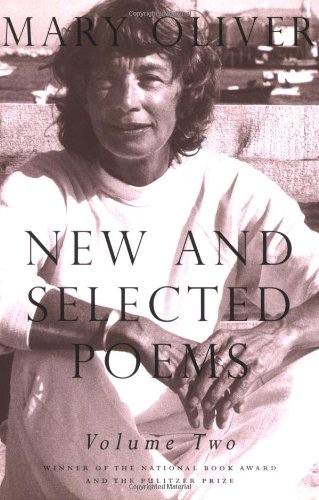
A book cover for New and Selected Poems, Vol. 2; Mary Oliver; Literature & Fiction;